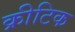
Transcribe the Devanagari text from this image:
क्रीटिक